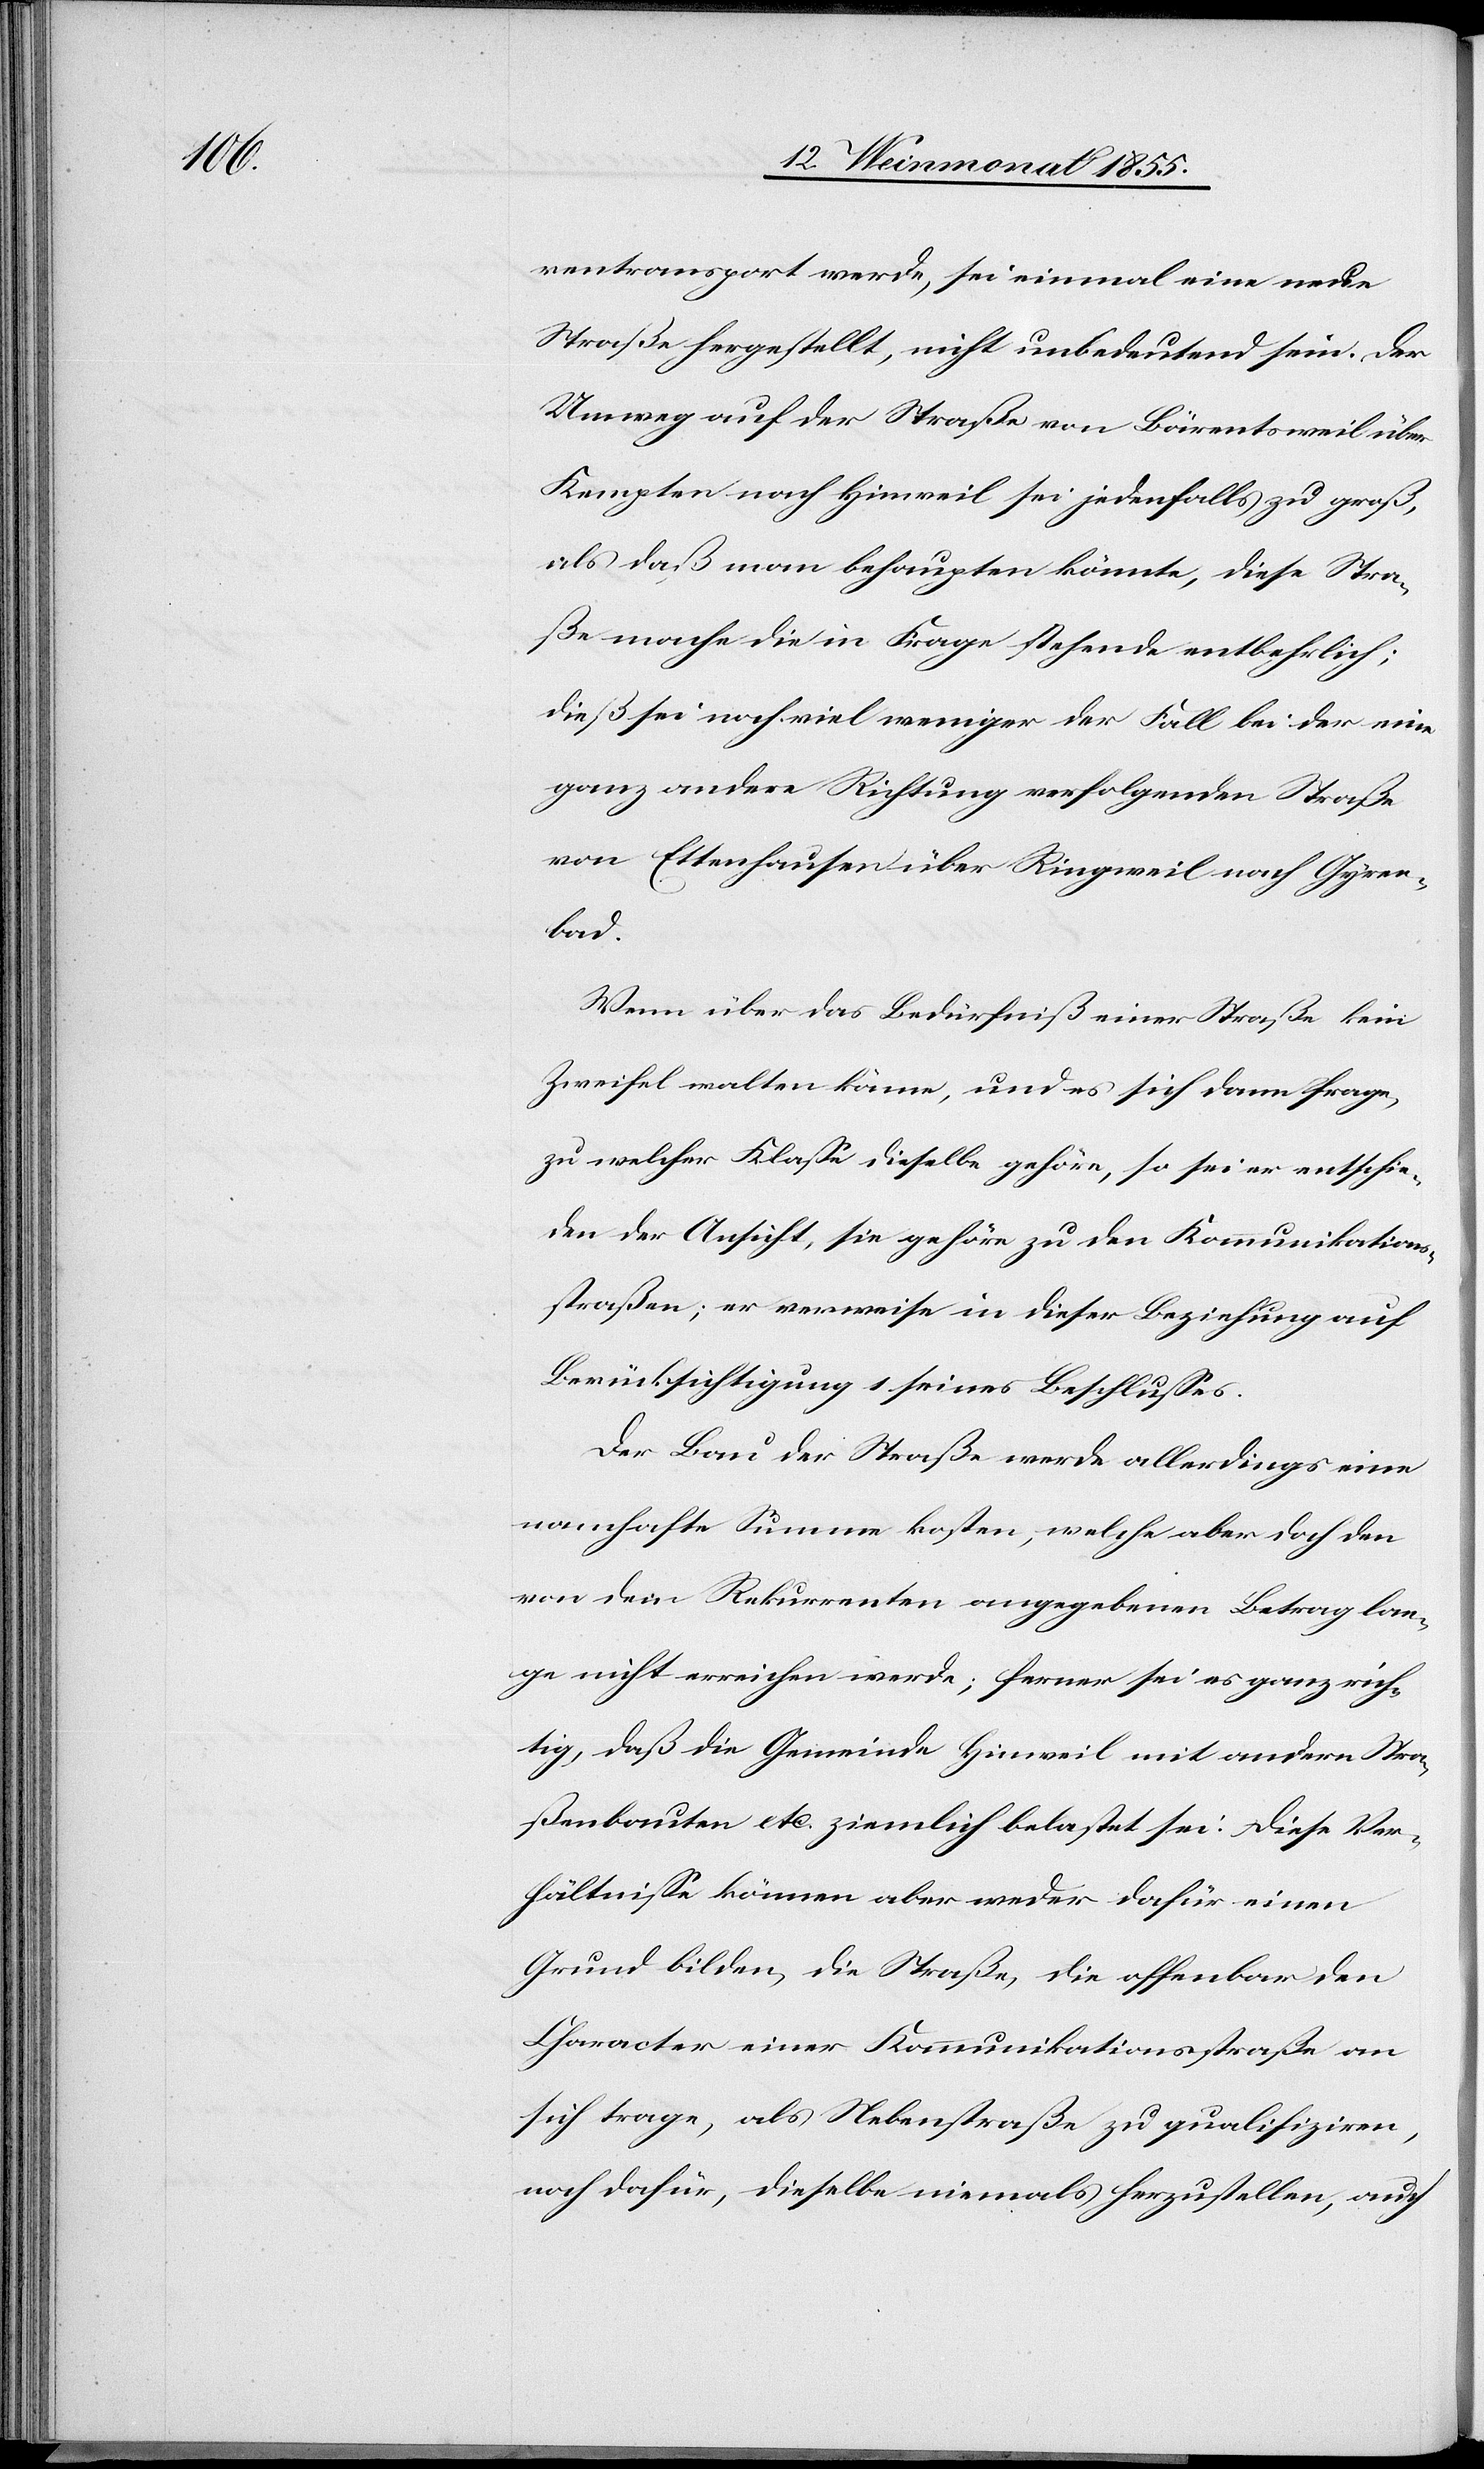
rentransport werde, sei einmal eine neue
Straße hergestellt, nicht unbedeutend sein. Der
Umweg auf der Straße von Bärentsweil über
Kempten nach Hinweil sei jedenfalls zu groß,
als daß man behaupten könnte, diese Stra¬
ße mache die in Frage stehende entbehrlich;
dieß sei noch viel weniger der Fall bei der eine
ganz andere Richtung verfolgenden Straße
von Ettenhausen über Ringweil nach Gyren¬
bad.
Wenn über das Bedürfniß einer Straße kein
Zweifel walten könne, und es sich dann frage,
zu welcher Klasse dieselbe gehöre, so sei er entschie¬
den der Ansicht, sie gehöre zu den Kommunikations¬
straßen; er verweise in dieser Beziehung auf
Berücksichtigung 1 seines Beschlusses.
Der Bau der Straße werde allerdings eine
namhafte Summe kosten, welche aber doch den
von dem Rekurrenten angegebenen Betrag lan¬
ge nicht erreichen werde; ferner sei es ganz rich¬
tig, daß die Gemeinde Hinweil mit andern Stra¬
ßenbauten etc. ziemlich belastet sei. Diese Ver¬
hältnisse können aber weder dafür einen
Grund bilden, die Straße, die offenbar den
Character einer Kommunikationsstraße an
sich trage, als Nebenstraße zu qualifiziren,
noch dafür, dieselbe niemals herzustellen, auch